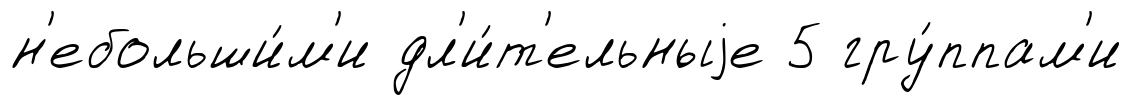
н'ебольши́м'и дл'и́т'ельныjе 5 гру́ппам'и